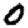
Digit: 0